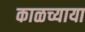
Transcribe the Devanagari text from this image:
काळच्याया